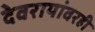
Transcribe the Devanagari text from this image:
देवरायांवरही